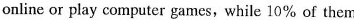
online or play computer games, while 10% of them